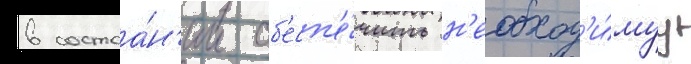
в состоа́н'ии об'есп'е́чить н'еобход'и́муу